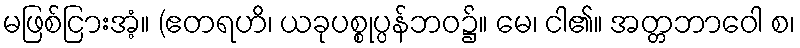
မဖြစ်ငြားအံ့။ (ဧတရဟိ၊ ယခုပစ္စုပ္ပန်ဘဝ၌။ မေ၊ ငါ၏။ အတ္တဘာဝေါ စ၊